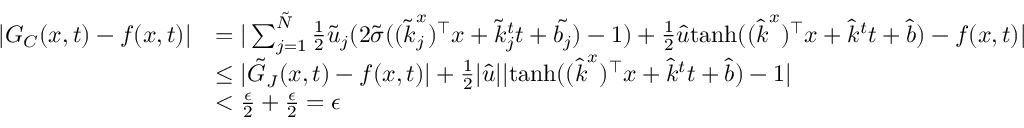
\begin{array} { r l } { | G _ { C } ( \boldsymbol { x } , t ) - f ( \boldsymbol { x } , t ) | } & { = | \sum _ { j = 1 } ^ { \tilde { N } } \frac { 1 } { 2 } \tilde { u } _ { j } ( 2 \tilde { \sigma } ( ( \boldsymbol { \tilde { k } } _ { j } ^ { x } ) ^ { \top } \boldsymbol { x } + \tilde { k } _ { j } ^ { t } t + \tilde { b _ { j } } ) - 1 ) + \frac { 1 } { 2 } \hat { u } \mathrm { t a n h } ( ( \boldsymbol { \hat { k } } ^ { x } ) ^ { \top } \boldsymbol { x } + \hat { k } ^ { t } t + \hat { b } ) - f ( \boldsymbol { x } , t ) | } \\ & { \le | \tilde { G } _ { J } ( \boldsymbol { x } , t ) - f ( \boldsymbol { x } , t ) | + \frac { 1 } { 2 } | \hat { u } | | \mathrm { t a n h } ( ( \boldsymbol { \hat { k } } ^ { x } ) ^ { \top } \boldsymbol { x } + \hat { k } ^ { t } t + \hat { b } ) - 1 | } \\ & { < \frac { \epsilon } { 2 } + \frac { \epsilon } { 2 } = \epsilon } \end{array}